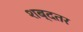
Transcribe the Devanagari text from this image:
शब्दतर